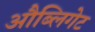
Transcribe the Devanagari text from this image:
औब्लिगेट